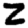
Digit: 2